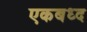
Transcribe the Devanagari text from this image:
एकबध्द